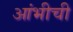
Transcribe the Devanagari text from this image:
आंभीची